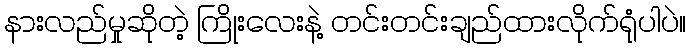
နားလည်မှုဆိုတဲ့ ကြိုးလေးနဲ့ တင်းတင်းချည်ထားလိုက်ရုံပါပဲ။